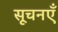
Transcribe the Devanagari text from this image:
सूचनएँ